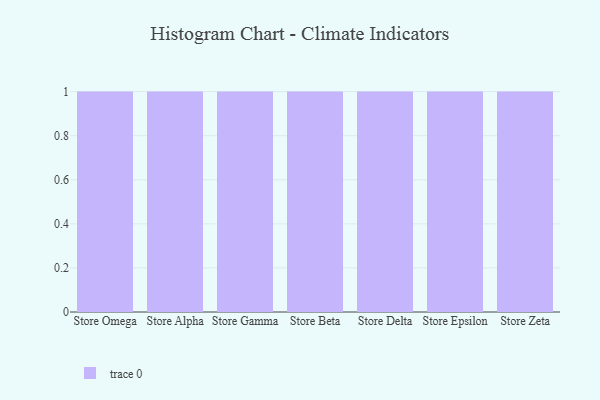
{"axis": {"x": "Store", "y": "Tickets Resolved"}, "legend": [""], "data": [{"x": "Store Omega", "y": 17, "type": ""}, {"x": "Store Alpha", "y": 35, "type": ""}, {"x": "Store Gamma", "y": 23, "type": ""}, {"x": "Store Beta", "y": 83, "type": ""}, {"x": "Store Delta", "y": 35, "type": ""}, {"x": "Store Epsilon", "y": 83, "type": ""}, {"x": "Store Zeta", "y": 93, "type": ""}]}